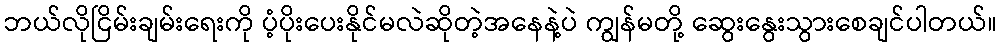
ဘယ်လိုငြိမ်းချမ်းရေးကို ပံ့ပိုးပေးနိုင်မလဲဆိုတဲ့အနေနဲ့ပဲ ကျွန်မတို့ ဆွေးနွေးသွားစေချင်ပါတယ်။